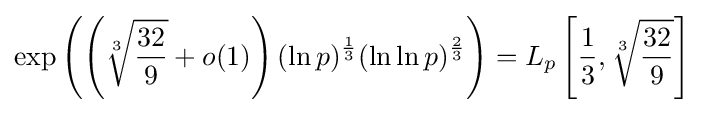
\exp \left(\left({\sqrt[{3}]{\frac {32}{9}}}+o(1)\right)(\ln p)^{\frac {1}{3}}(\ln \ln p)^{\frac {2}{3}}\right)=L_{p}\left[{\frac {1}{3}},{\sqrt[{3}]{\frac {32}{9}}}\right]